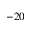
- 2 0